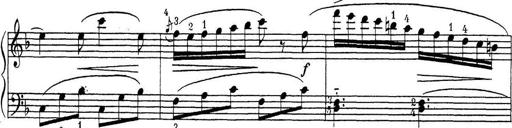
Title: ÄŒeskÃ© Sonatiny
Composer: Various